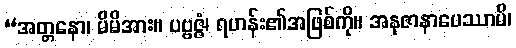
“အတ္တနော၊ မိမိအား။ ပဗ္ဗဇ္ဇံ၊ ရဟန်း၏အဖြစ်ကို။ အနုဇာနာပေဿာမိ၊